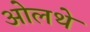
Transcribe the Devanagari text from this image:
ओलथे